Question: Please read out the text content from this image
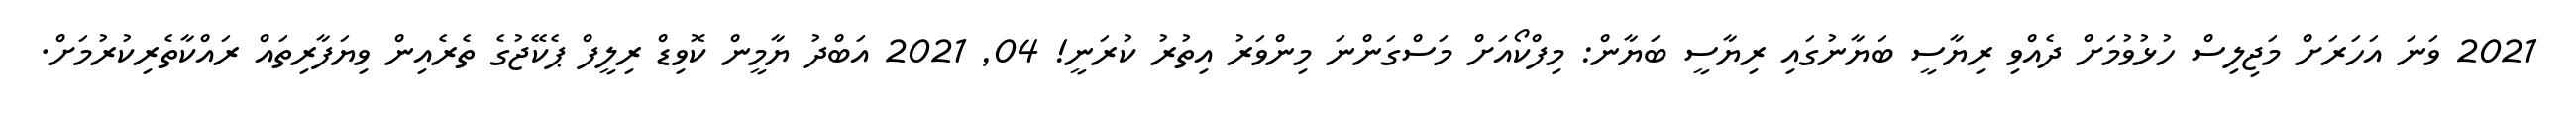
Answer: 2021 ވަނަ އަހަރަށް މަޖިލިސް ހުޅުވުމަށް ދެއްވި ރިޔާސީ ބަޔާނުގައި ރިޔާސީ ބަޔާން: މިފްކޯއަށް މަސްގަންނަ މިންވަރު އިތުރު ކުރަނީ! 04, 2021 އަބްދު ޔާމީން ކޮވިޑް ރިލީފް ޕެކޭޖުގެ ތެރެއިން ވިޔަފާރިތައް ރައްކާތެރިކުރުމަށް.